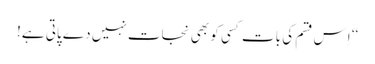
‘‘ اِس قسم کی بات کسی کو بھی نجات نہیں دے پاتی ہے!